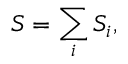
S = \sum _ { i } S _ { i } ,